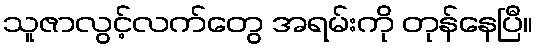
သူဇာလွင့်လက်တွေ အရမ်းကို တုန်နေပြီ။